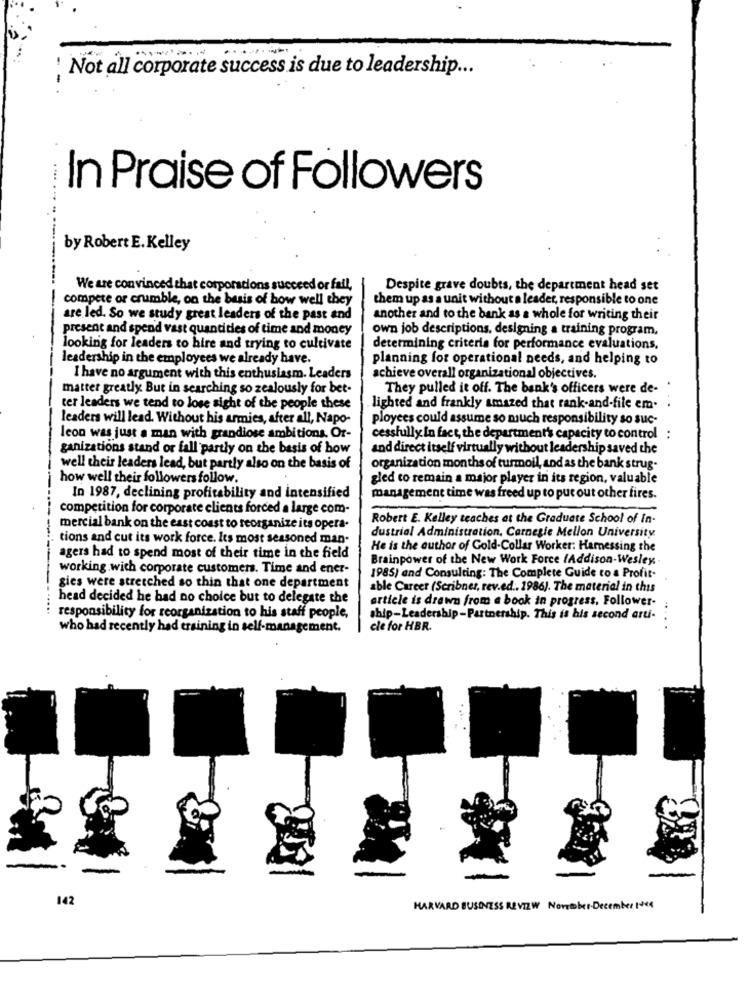
: Not all corporate success is due to leadership ...
In Praise of Followers
by Robert E. Kelley
.... .. .------
We are convinced that corporacions succeed or fall,
Despite grave doubts, the department head set
compete or crumble, on the basis of bow well they
them up as a unit without a leader, responsible to one
are led. So we study great leaders of the past and
another and to the bank as a whole for writing their
present and spend vast quantities of time and money
own job descriptions, designing a training program,
looking for leaders to hire and trying to cultivate
determining criteria for performance evaluations.
leadership in the employees we already have.
planning for operational needs, and helping to
I have no argument with this enthusiasm. Leaders
achieve overall organizational objectives.
matter greatly. But in searching so zealously for bet-
They pulled it off. The bank's officers were de-
ter leaders we tend to lose sight of the people these
lighted and frankly amazed that rank-and-file em.
leaders will lead. Without his armies, after all, Napo-
ployees could assume so much responsibility so suc-
leon was just a man with grandiose ambitions. Of-
cessfully in fact, the department's capacity to control :
ganizations stand or fall partly on the basis of how
and direct itself virtually without leadership saved the
well their leaders lead, but partly also on the basis of
organization months of turmoil, and as the bank strug.
how well their followers follow.
gled to remain a major player in its region, valuable
In 1987, declining profitability and intensified
management time was freed up to put out other fires.
competition for corporate clients forced a large com-
Robert E. Kelley teaches at the Graduate School of In-
mercial bank on the east coast to reorganize its opera-
tions and cut its work force. Its most seasoned man-
dustrial Administration, Carnegie Mellon University
He is the author of Gold-Collar Worker: Harnessing the
agers had to spend most of their time in the field
Brainpower of the New Work Force (Addison-Wesley
working with corporate customers. Time and ener-
1985) and Consulting: The Complete Guide to a Profit-
gies were stretched so thin that one department
able Career (Scribner, rev.ed .. 1986). The material in this
head decided he had no choice but to delegate the
article is drawn from a book in progress, Follower-
responsibility for reorganization to his staff people,
ship-Leadership-Partnership. This is his second arti-
who had recently had ersining in self-management.
cle for HBR.
142
HARVARD BUSINESS REVIEW November.December Ives